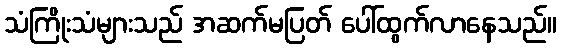
သံကြိုးသံများသည် အဆက်မပြတ် ပေါ်ထွက်လာနေသည်။